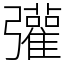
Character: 𢑆